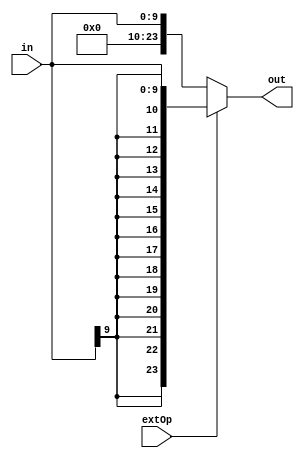
module sign_ext(in,out,extOp);

input [9:0] in;
input extOp;
output reg [23:0] out;

always@(*)begin	 
	if(extOp)begin		
		out <= {{14{in[9]}}, in};
	end else begin
		out <= {{14{0}}, in};	
	end
	
end

	
endmodule